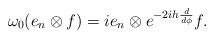
LaTeX: \begin{align*}\omega_{0}(e_n\otimes f)=ie_{n}\otimes e^{-2ih\frac{d}{d\phi}}f. \end{align*}